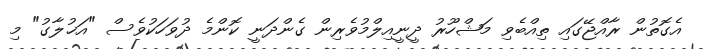
އެގޮތުން ރާއްޖޭގައި ތިއްބެވި މަޝްހޫރު ދީނީއިލްމުވެރިން ގެންދަނީ ކޮންމެ ދުވަހަކުވެސް "އަޚުލާގު" މި